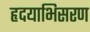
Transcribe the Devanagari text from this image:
हृदयाभिसरण